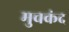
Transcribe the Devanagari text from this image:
मुचकंद